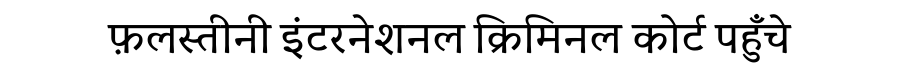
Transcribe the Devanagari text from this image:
फ़लस्तीनी इंटरनेशनल क्रिमिनल कोर्ट पहुँचे